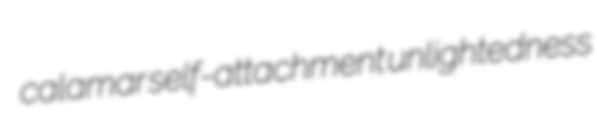
calamar self-attachment unlightedness